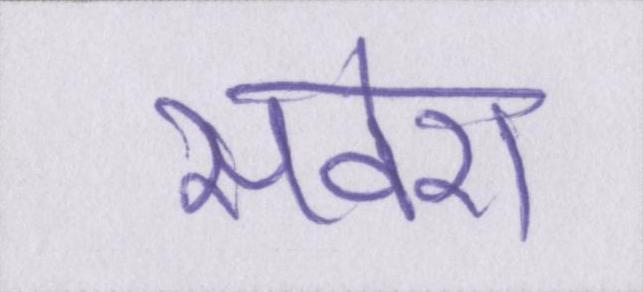
सवेरा